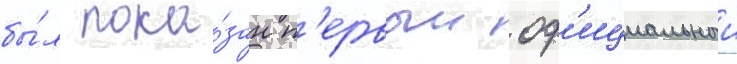
бы́л пока́зан п'ервыи оф'ициальныи